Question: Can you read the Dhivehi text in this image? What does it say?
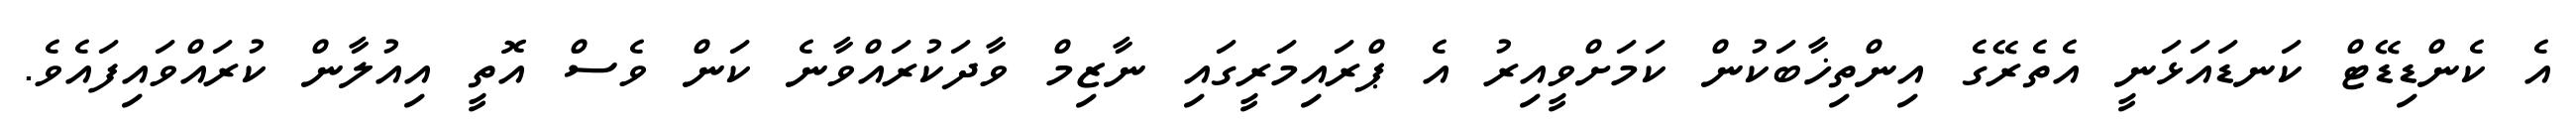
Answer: އެ ކެންޑިޑޭޓް ކަނޑައަޅަނީ އެތެރޭގެ އިންތިޚާބަކުން ކަމަށްވީއިރު އެ ޕްރައިމަރީގައި ނާޒިމް ވާދަކުރައްވާނެ ކަން ވެސް އޮތީ އިއުލާން ކުރައްވައިފައެވެ.